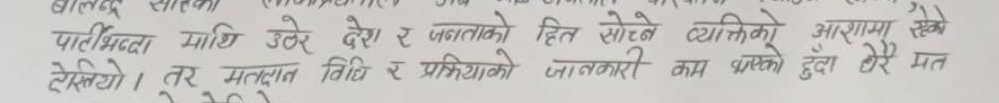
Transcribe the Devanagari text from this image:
पार्टीभन्दा माथि उठेर देश र जनताको हित सोच्ने व्यक्तिको आशामा राखे
देखियो। तर मतदान तिथि र प्रक्रियाको जानकारी काम भएको हुदा धेरै मत